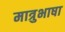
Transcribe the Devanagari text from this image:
मात्रुभाषा